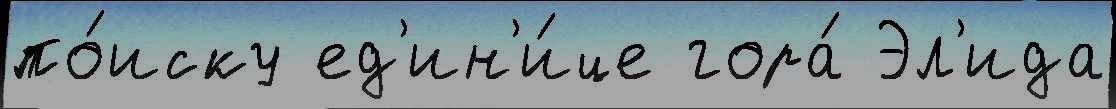
по́иску ед'ин'и́це гора́ Эл'ида